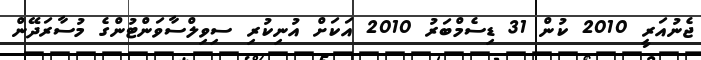
ޖެނުއަރީ 2010 ކުން 31 ޑިސެމްބަރު 2010 އަކަށް އުނިކުރި ސިވިލްސާވަންޓުންގެ މުސާރަދޭން